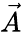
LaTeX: \vec{A}